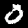
Label: 0